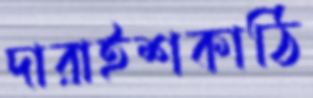
দারাইশকাঠি